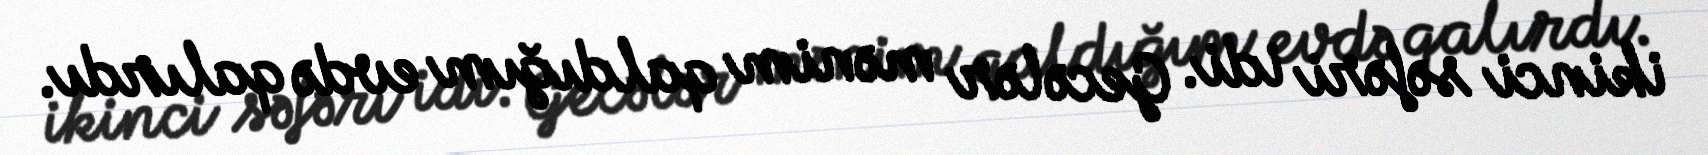
ikinci səfəri idi. Gecələr mənim qaldığım evdə qalırdı.